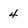
Character: 4